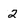
Character: 2